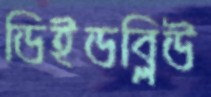
ডিইডব্লিউ